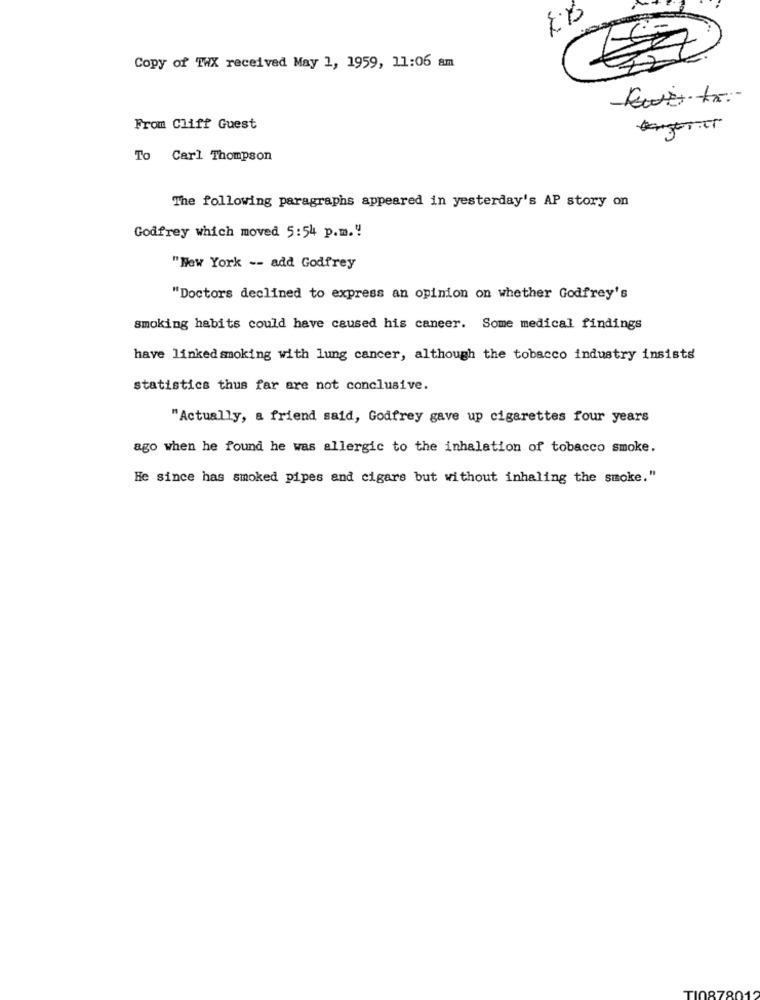
Copy of THX received May 1, 1959, 11:06 am
From Cliff Guest
To Carl Thompson
The following paragraphs appeared in yesterday's AP story on
Godfrey which moved 5:54 p.m."
"New York -- add Godfrey
"Doctors declined to express an opinion on whether Godfrey's
smoking habits could have caused his caneer. Some medical findings
have linked smoking with lung cancer, although the tobacco industry insists
statistics thus far are not conclusive.
"Actually, a friend said, Godfrey gave up cigarettes four years
ago when he found he was allergic to the inhalation of tobacco smoke.
He since has smoked pipes and cigars but without inhaling the smoke."
TI087